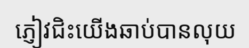
ភ្ញៀវជិះយើងឆាប់បានលុយ